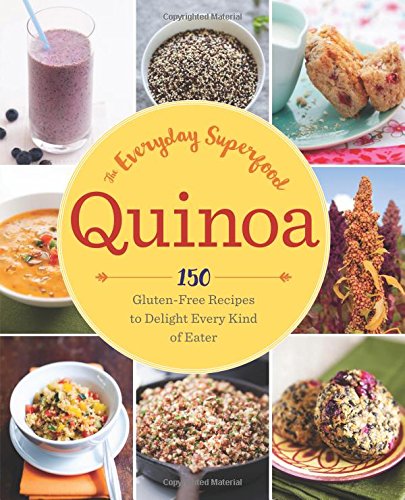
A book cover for Quinoa: The Everyday Superfood: 150 Gluten-Free Recipes to Delight Every Kind of Eater; Sonoma Press; Cookbooks, Food & Wine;